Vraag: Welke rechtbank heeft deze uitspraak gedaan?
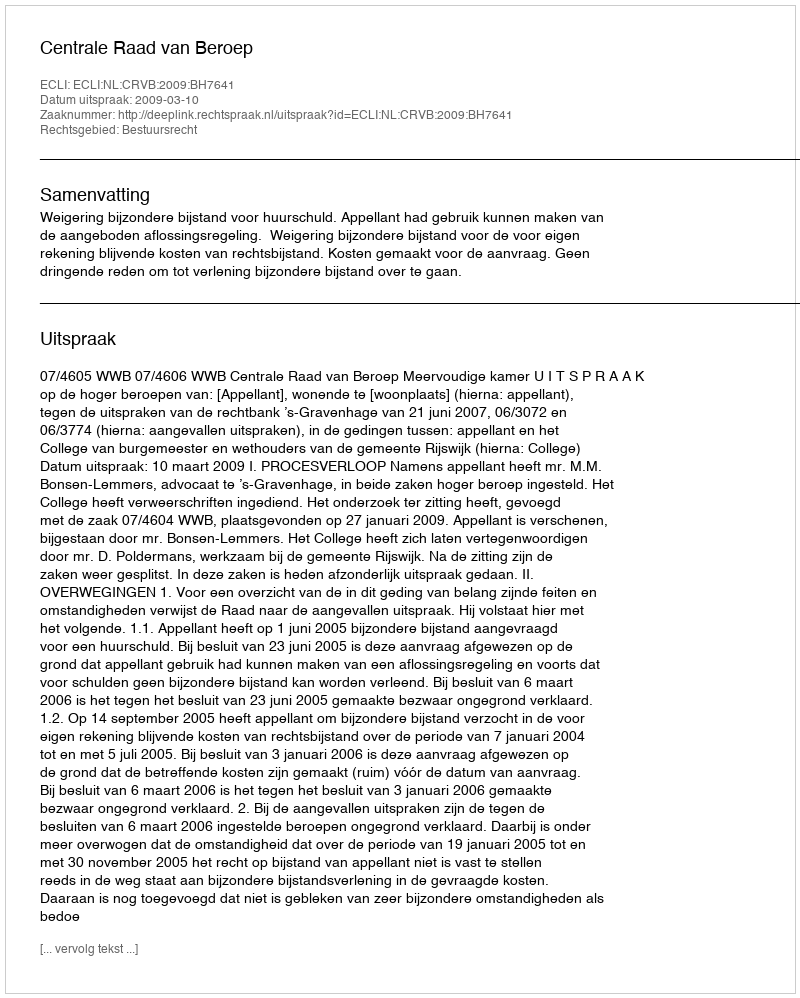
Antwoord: Centrale Raad van Beroep